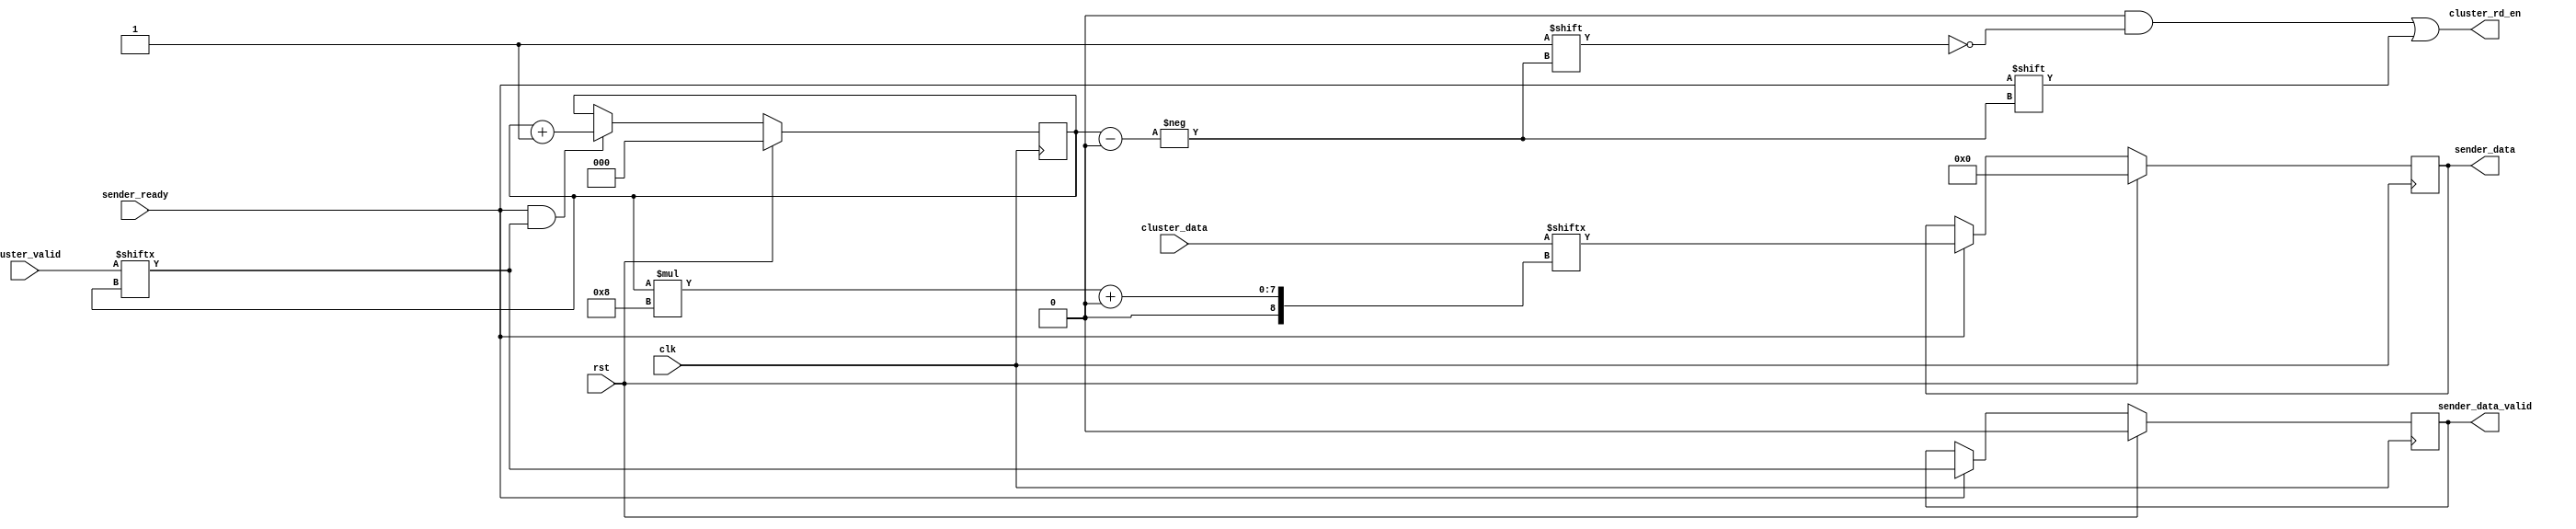
module SHDCollector #(parameter DNA_DATA_WIDTH = 128, NUM_CLUSTERS = 8, NUM_PES = 8) (
        input clk,
        input rst,
        
        //Cluster Interface
        output reg[NUM_CLUSTERS - 1:0] cluster_rd_en,
        input[NUM_CLUSTERS * NUM_PES - 1:0] cluster_data,
        input[NUM_CLUSTERS - 1:0] cluster_valid,
        
        //Sender Interface
        input sender_ready,
        output sender_data_valid,
        output[NUM_PES - 1:0] sender_data
    );
    
    
    //Cluster iterator
    wire cluster_fetched;
    parameter CLUSTER_BITS = $clog2(NUM_CLUSTERS);
    reg[CLUSTER_BITS - 1:0] cluster_iterator = 0;
    wire advance_cluster_it;
    
    always@(posedge clk) begin
        if(rst) begin
            cluster_iterator <= 0;
        end
        else begin
            if(advance_cluster_it) begin
                cluster_iterator <= cluster_iterator + 1'b1;
            end
        end
    end
    
    assign advance_cluster_it = cluster_fetched;
    
    
    //Register Input
    reg[NUM_PES - 1:0] dna_err_r;
    reg dna_err_valid_r;
    wire accept_cluster_data;
    
    always@(posedge clk) begin
        if(rst) begin
            dna_err_r <= 0;
            dna_err_valid_r <= 1'b0;
        end
        else begin
            if(accept_cluster_data) begin
                dna_err_r <= cluster_data[cluster_iterator*NUM_PES +: NUM_PES];
                dna_err_valid_r <= cluster_valid[cluster_iterator];
            end
        end
    end
    
    always@* begin
        cluster_rd_en = 0;
        cluster_rd_en[cluster_iterator] = accept_cluster_data;
    end
    
    assign cluster_fetched = accept_cluster_data && cluster_valid[cluster_iterator];
    
    assign accept_cluster_data = sender_ready;
    
    assign sender_data_valid = dna_err_valid_r;
    assign sender_data = dna_err_r;
        
endmodule